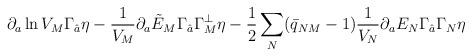
LaTeX: \begin{align*}\partial_a \ln V_M \Gamma_{\hat{a}}\eta-{1\over V_M} \partial_a\tilde{E}_M\Gamma_{\hat{a}}\Gamma_M^\perp \eta -{1\over 2}\sum_N (\bar{q}_{NM}-1){1\over V_N}\partial_a E_N\Gamma_{\hat{a}} \Gamma_N \eta \qquad\qquad\end{align*}